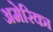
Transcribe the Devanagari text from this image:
अमेेेेरिका